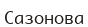
Сазонова